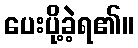
ပေးပို့ခဲ့ရ၏။